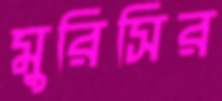
মুরিসির